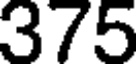
375